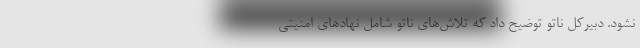
نشود. دبیرکل ناتو توضیح داد که تلاش‌های ناتو شامل نهاد‌های امنیتی